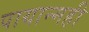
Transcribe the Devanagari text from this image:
पायान्मही